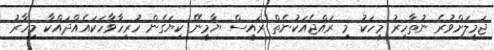
ޖަމީލަށްވުރެ ނުތާހިރު މީހަކު މި ރައްޖެއަކުނެތް ރައީސް ޔާމީނޭ ކިޔަގެން ހުރިހާވާހަކައެއްދައްކާ މިހާރު